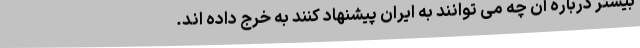
بیشتر درباره آن چه می توانند به ایران پیشنهاد کنند به خرج داده اند.